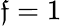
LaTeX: \mathfrak{f}=1